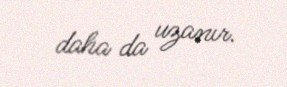
daha da uzanır.